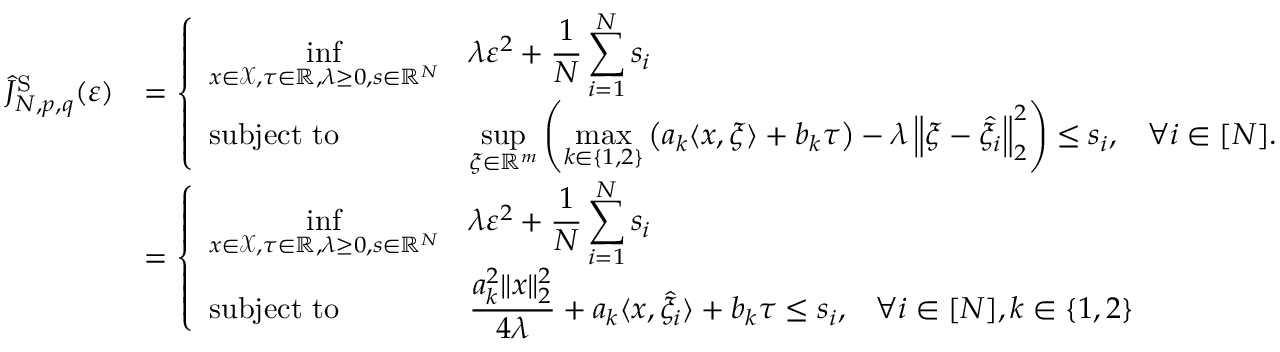
\begin{array} { r l } { \widehat { J } _ { N , p , q } ^ { \mathrm { S } } ( \varepsilon ) } & { = \left\{ \begin{array} { l l l } { { \displaystyle \operatorname* { i n f } _ { x \in \mathcal { X } , \tau \in \mathbb { R } , \lambda \geq 0 , s \in \mathbb { R } ^ { N } } } } & { { \displaystyle \lambda \varepsilon ^ { 2 } + \frac { 1 } { N } \sum _ { i = 1 } ^ { N } s _ { i } } } & \\ { \mathrm { s u b j e c t ~ t o } } & { { \displaystyle \operatorname* { s u p } _ { \xi \in \mathbb { R } ^ { m } } \left( \operatorname* { m a x } _ { k \in \left\{ 1 , 2 \right\} } \left( a _ { k } \langle x , \xi \rangle + b _ { k } \tau \right) - \lambda \left\| \xi - \widehat { \xi } _ { i } \right\| _ { 2 } ^ { 2 } \right) \leq s _ { i } , } } & { \forall i \in [ N ] . } \end{array} \right. } \\ & { = \left\{ \begin{array} { l l l } { { \displaystyle \operatorname* { i n f } _ { x \in \mathcal { X } , \tau \in \mathbb { R } , \lambda \geq 0 , s \in \mathbb { R } ^ { N } } } } & { { \displaystyle \lambda \varepsilon ^ { 2 } + \frac { 1 } { N } \sum _ { i = 1 } ^ { N } s _ { i } } } & \\ { \mathrm { s u b j e c t ~ t o } } & { { \displaystyle \frac { a _ { k } ^ { 2 } \| x \| _ { 2 } ^ { 2 } } { 4 \lambda } + a _ { k } \langle x , \widehat { \xi } _ { i } \rangle + b _ { k } \tau \leq s _ { i } , } } & { \forall i \in [ N ] , k \in \{ 1 , 2 \} } \end{array} \right. } \end{array}